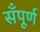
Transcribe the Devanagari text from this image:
सँपूर्ण